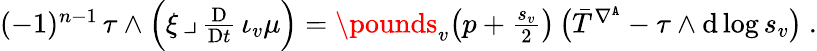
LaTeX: \begin{array}{r}{(-1)^{n-1}\, \tau\wedge\Big(\xi\, \lrcorner\, \frac{\mathrm{D}}{\mathrm{D}t}\, \iota_{v}\mu\Big)=\pounds_{v}\big(p+\frac{s_{v}}{2}\big)\, \big(\bar{T}^{\nabla^{\mathtt{A}}}-\tau\wedge\mathrm{d}\log s_{v}\big)\ .}\end{array}